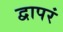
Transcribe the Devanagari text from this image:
द्वापरं